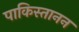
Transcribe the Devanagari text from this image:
पाकिस्तानन